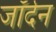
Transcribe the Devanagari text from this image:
जॉर्दन